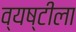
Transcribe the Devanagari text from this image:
व्यष्टीला